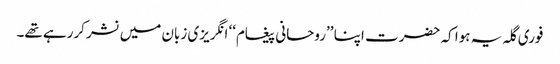
فوری گلہ یہ ہوا کہ حضرت اپنا ’’روحانی پیغام‘‘ انگریزی زبان میں نشر کررہے تھے۔